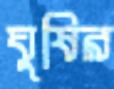
ঘুষির